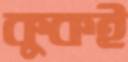
কুকই